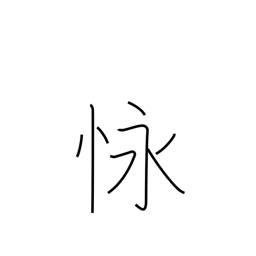
Meaning: endure